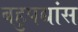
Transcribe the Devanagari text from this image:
बहुपद्यांस